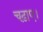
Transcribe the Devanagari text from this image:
चढ़ाए।